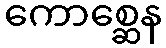
ကောစ္ဆေန